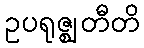
ဥပရုဇ္ဈတီတိ